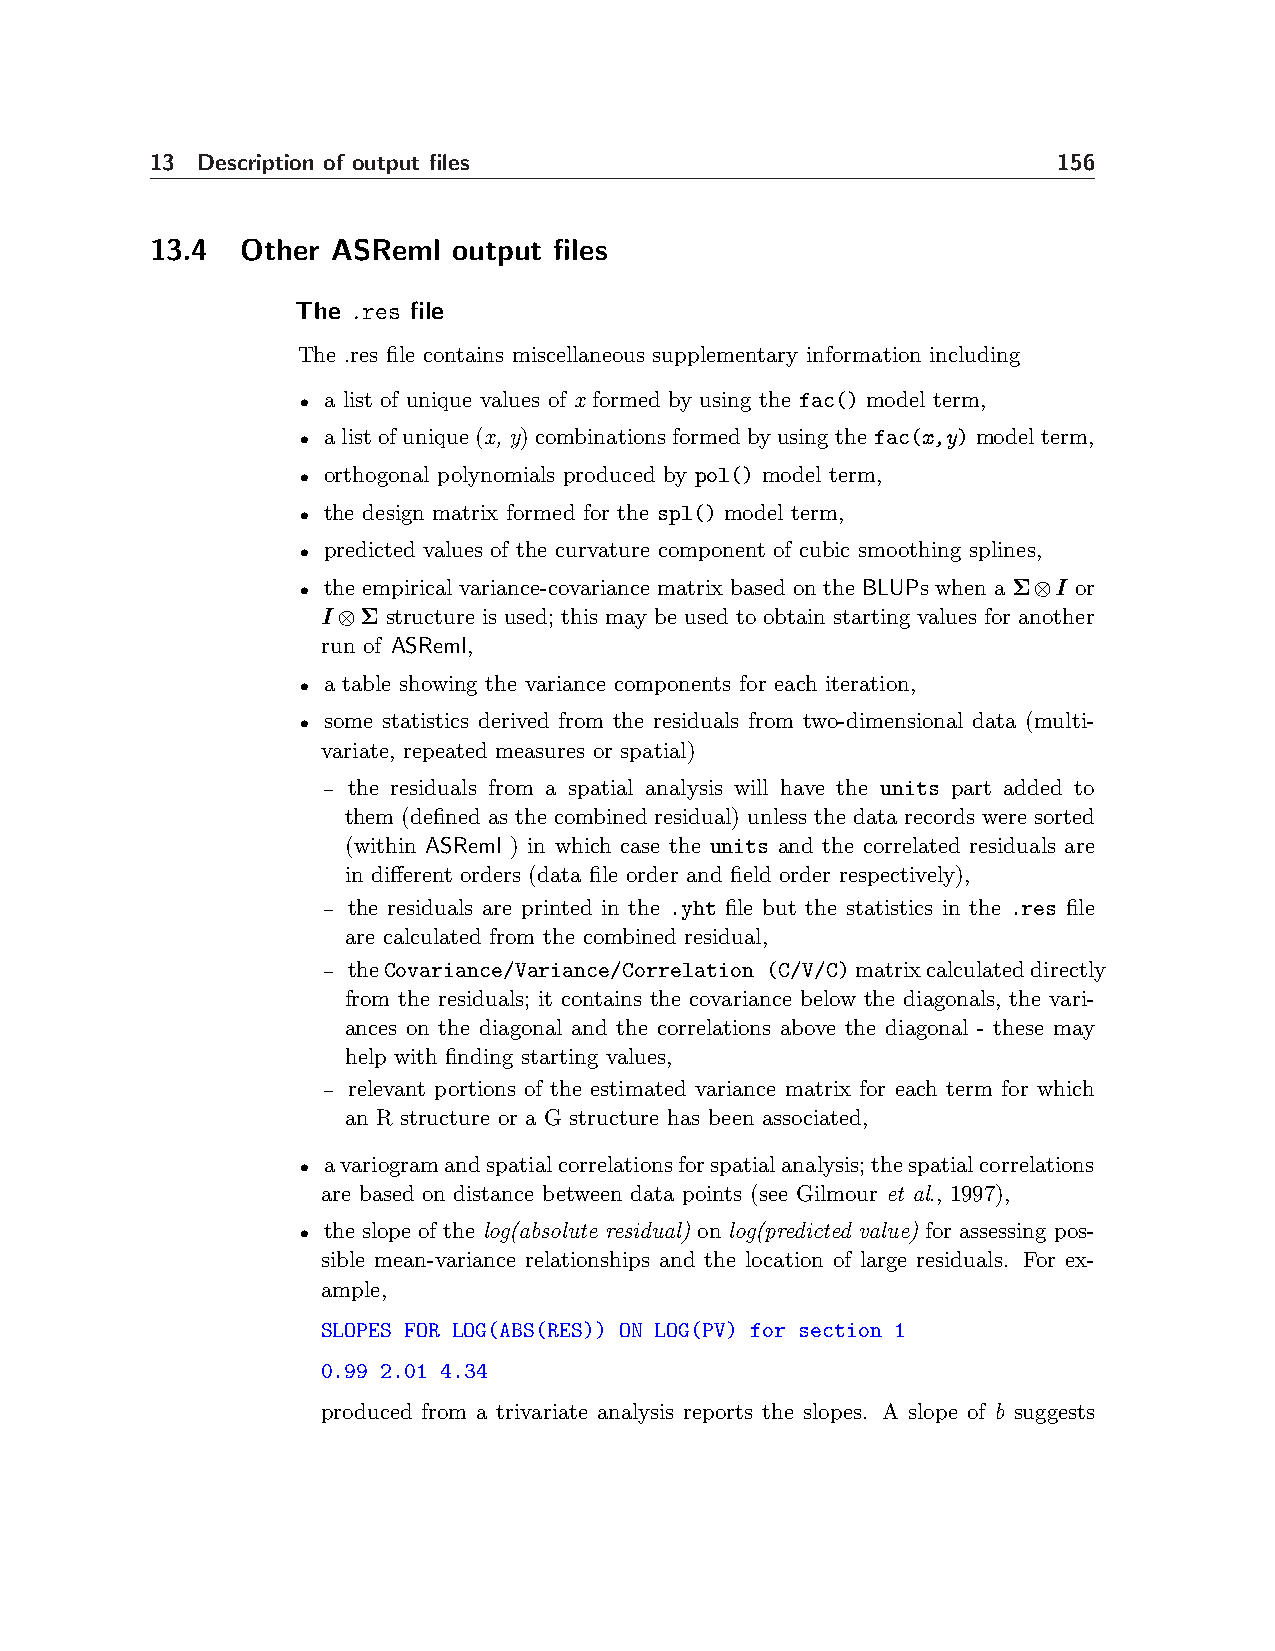
13 Description of output files                              156
 13.4  Other ASReml  output files
 The .res file
 The .res file contains miscellaneous supplementary information including
 • a list of unique values of x formed by using the fac() model term,
 • a list of unique (x, y) combinations formed by using thefac(x,y) model term,
 • orthogonal polynomials produced by pol() model term,
 • the design matrix formed for the spl() model term,
 • predicted values of the curvature component of cubic smoothing splines,
 • the empirical variance-covariance matrix based on the BLUPs when a Σ⊗I or
 I⊗Σ  structure is used; this may be used to obtain starting values for another
 run of ASReml,
 • a table showing the variance components for each iteration,
 • some statistics derived from the residuals from two-dimensional data (multi-
 variate, repeated measures or spatial)
 – the residuals from a spatial analysis will have the units part added to
 them (defined as the combined residual) unless the data records were sorted
 (within ASReml ) in which case the units and the correlated residuals are
 in different orders (data file order and field order respectively),
 – the residuals are printed in the .yht file but the statistics in the .res file
 are calculated from the combined residual,
 – theCovariance/Variance/Correlation (C/V/C)matrixcalculateddirectly
 from the residuals; it contains the covariance below the diagonals, the vari-
 ances on the diagonal and the correlations above the diagonal - these may
 help with finding starting values,
 – relevant portions of the estimated variance matrix for each term for which
 an R structure or a G structure has been associated,
 • avariogramandspatialcorrelationsforspatialanalysis;thespatialcorrelations
 are based on distance between data points (see Gilmour et al., 1997),
 • the slope of the log(absolute residual) on log(predicted value) for assessing pos-
 sible mean-variance relationships and the location of large residuals. For ex-
 ample,
 SLOPES FOR LOG(ABS(RES)) ON LOG(PV) for section 1
 0.99 2.01 4.34
 produced from a trivariate analysis reports the slopes. A slope of b suggests